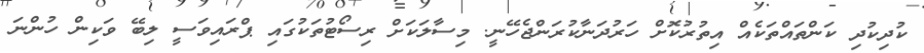
ކުދިކުދި ކަންތައްތަކެއް އިތުރުކޮށް ހަރުދަނާކުރަންޖެހޭނީ. މިސާލަކަށް ރިސޯޓުތަކުގައި ޕްރައިވަސީ ލިބޭ ވަކިން ހުންނަ